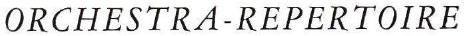
ORCHESTRA-REPERTOIRE